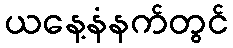
ယနေ့နံနက်တွင်